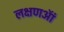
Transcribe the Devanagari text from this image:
लक्षणऑं